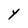
Character: Y